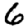
Digit: 6